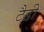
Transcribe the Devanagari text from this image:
टैडी